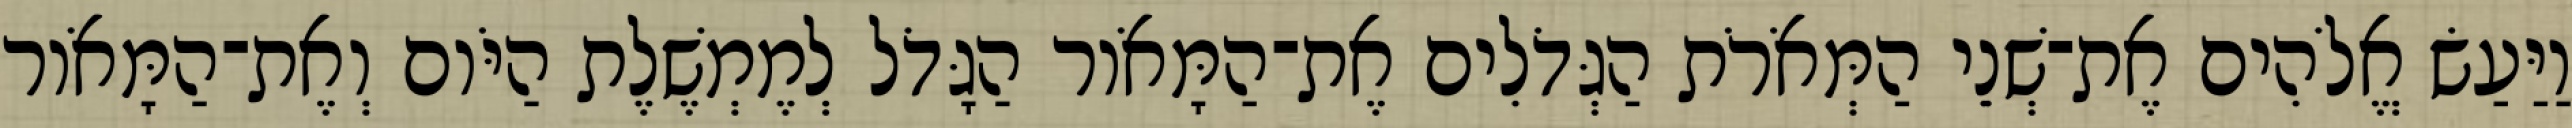
וַיַּעַשׂ אֱלֹהִים אֶת־שְׁנֵי הַמְּאֹרֹת הַגְּדֹלִים אֶת־הַמָּאֹור הַגָּדֹל לְמֶמְשֶׁלֶת הַיֹּום וְאֶת־הַמָּאֹור